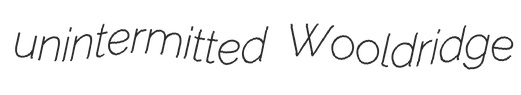
unintermitted Wooldridge